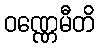
ဝဏ္ဏေမီတိ